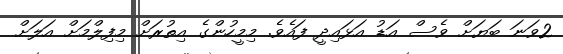
2ވަނަ ބަޔަށް ވެސް އަޑު އަޅައިދީ ފައެވެ. މިމީހުންގެ އިތުރަށް މިފިލްމަށް އަލަށް